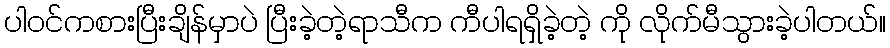
ပါဝင်ကစားပြီးချိန်မှာပဲ ပြီးခဲ့တဲ့ရာသီက ကီပါရရှိခဲ့တဲ့ ကို လိုက်မီသွားခဲ့ပါတယ်။